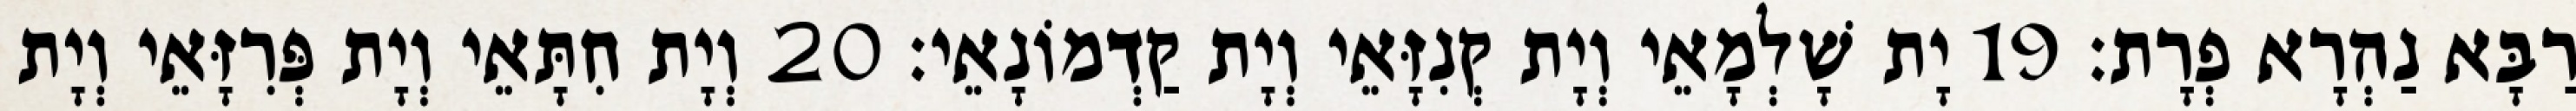
רַבָּא נַהְרָא פְרָת׃ 19 יָת שָׁלְמָאֵי וְיָת קְנִזָּאֵי וְיָת קַדְמוֹנָאֵי׃ 20 וְיָת חִתָּאֵי וְיָת פְּרִזָּאֵי וְיָת